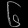
Digit: ၆